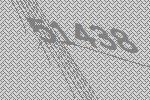
51438